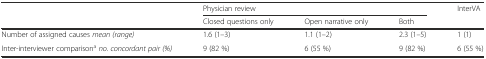
<table><thead><tr><td rowspan="2"></td><td colspan="3"><b>Physician review</b></td><td rowspan="2"><b>InterVA</b></td></tr><tr><td><b>Closed questions only</b></td><td><b>Open narrative only</b></td><td><b>Both</b></td></tr></thead><tbody><tr><td>Number of assigned causes <i>mean (range)</i></td><td>1.6 (1–3)</td><td>1.1 (1–2)</td><td>2.3 (1–5)</td><td>1 (1)</td></tr><tr><td>Inter-interviewer comparison<sup>a</sup><i>no. concordant pair (%)</i></td><td>9 (82 %)</td><td>6 (55 %)</td><td>9 (82 %)</td><td>6 (55 %)</td></tr></tbody></table>